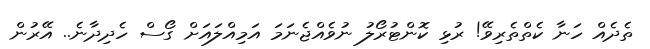
ތެދެއް ހަނާ ކެތްތެރިވޭ! ރުޅި ކޮންޓުރޯލު ނުވެއްޖެނަމަ އަމިއްލައަށް ގޯސް ހެދިދާނެ.. އޭރުން